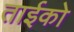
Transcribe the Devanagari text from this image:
ताईको